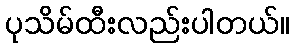
ပုသိမ်ထီးလည်းပါတယ်။